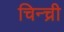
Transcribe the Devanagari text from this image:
चिन्च्री